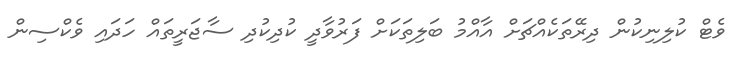
ވެޓް ކުލިނިކުން ދިރޭތަކެއްޗަށް އާއްމު ބަލިތަކަށް ފަރުވާދީ ކުދިކުދި ސާޖަރީތައް ހަދައި ވެކްސިން